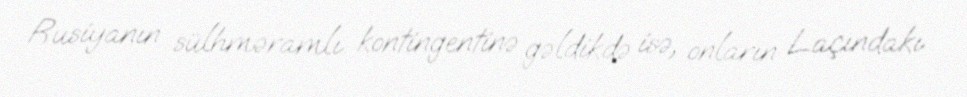
Rusiyanın sülhməramlı kontingentinə gəldikdə isə, onların Laçındakı